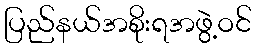
ပြည်နယ်အစိုးရအဖွဲ့ဝင်